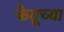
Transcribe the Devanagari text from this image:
केतूच्या